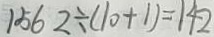
1 5 6 2 \div ( 1 0 + 1 ) = 1 4 2